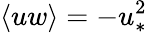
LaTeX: \langle uw\rangle=-u_{\ast}^{2}